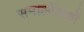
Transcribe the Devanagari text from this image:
समालोंचकों